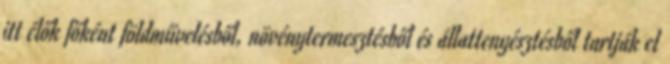
itt élők főként földművelésből, növénytermesztésből és állattenyésztésből tartják el